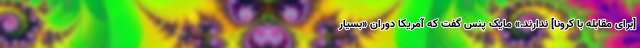
[برای مقابله با کرونا] ندارند.» مایک پنس گفت که آمریکا دوران «بسیار